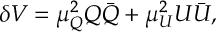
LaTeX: \delta V = \mu _ { Q } ^ { 2 } Q \bar { Q } + \mu _ { U } ^ { 2 } U \bar { U } ,